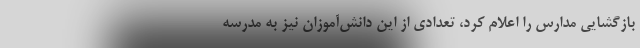
بازگشایی مدارس را اعلام کرد، تعدادی از این دانش‌آموزان نیز به مدرسه